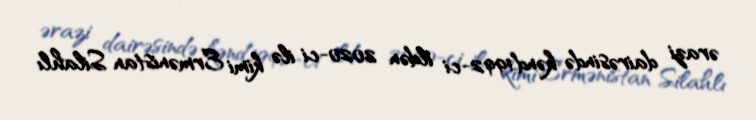
ərazi dairəsində kənd.1992-ci ildən 2020-ci ilə kimi Ermənistan Silahlı